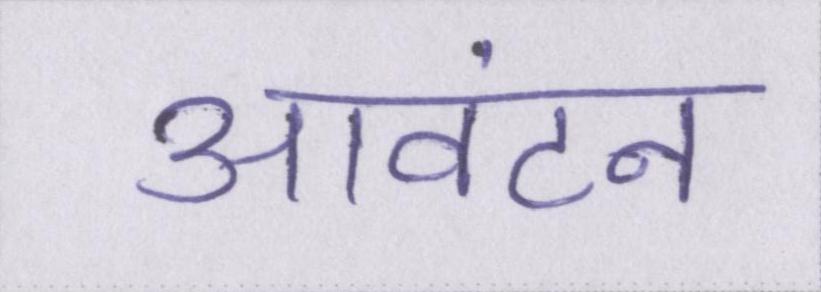
आवंटन